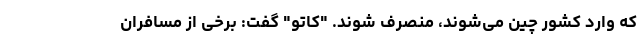
که وارد کشور چین می‌شوند، منصرف شوند. "کاتو" گفت: برخی از مسافران